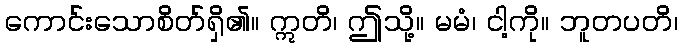
ကောင်းသောစိတ်ရှိ၏။ ဣတိ၊ ဤသို့။ မမံ၊ ငါ့ကို။ ဘူတပတိ၊